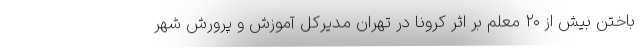
باختن بیش از ۲۰ معلم بر اثر کرونا در تهران مدیرکل آموزش و پرورش شهر